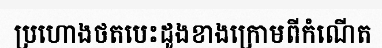
ប្រហោងថតបេះដូងខាងក្រោមពីកំណើត